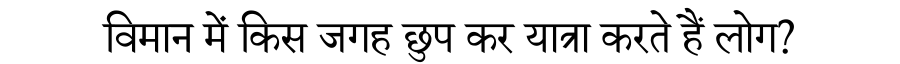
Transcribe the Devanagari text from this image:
विमान में किस जगह छुप कर यात्रा करते हैं लोग?